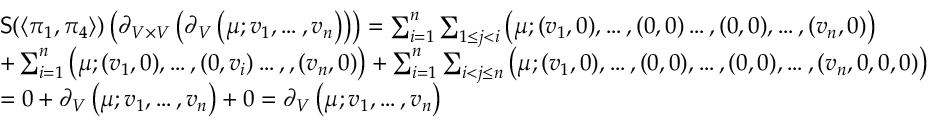
\begin{array} { r l } & { \mathsf { S } ( \langle \pi _ { 1 } , \pi _ { 4 } \rangle ) \left( \partial _ { V \times V } \left( \partial _ { V } \left( \mu ; v _ { 1 } , \hdots , v _ { n } \right) \right) \right) = \sum _ { i = 1 } ^ { n } \sum _ { 1 \leq j < i } \left( \mu ; ( v _ { 1 } , 0 ) , \hdots , ( 0 , 0 ) \hdots , ( 0 , 0 ) , \hdots , ( v _ { n } , 0 ) \right) } \\ & { + \sum _ { i = 1 } ^ { n } \left( \mu ; ( v _ { 1 } , 0 ) , \hdots , ( 0 , v _ { i } ) \hdots , , ( v _ { n } , 0 ) \right) + \sum _ { i = 1 } ^ { n } \sum _ { i < j \leq n } \left( \mu ; ( v _ { 1 } , 0 ) , \hdots , ( 0 , 0 ) , \hdots , ( 0 , 0 ) , \hdots , ( v _ { n } , 0 , 0 , 0 ) \right) } \\ & { = 0 + \partial _ { V } \left( \mu ; v _ { 1 } , \hdots , v _ { n } \right) + 0 = \partial _ { V } \left( \mu ; v _ { 1 } , \hdots , v _ { n } \right) } \end{array}